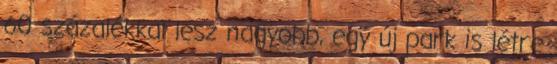
60 százalékkal lesz nagyobb, egy új park is létre